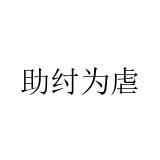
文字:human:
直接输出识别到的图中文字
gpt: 助纣为虐